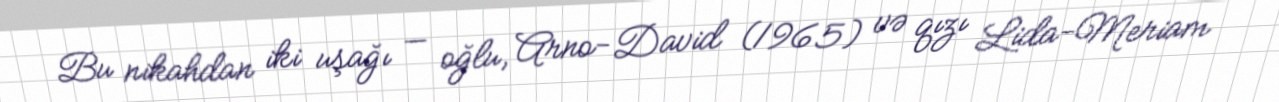
Bu nikahdan iki uşağı — oğlu, Arno-David (1965) və qızı Lida-Meriam